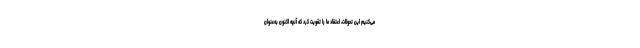
می‌کنیم این تحولات، اعتقاد ما را تقویت کرد که آنچه اکنون به‌عنوان